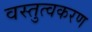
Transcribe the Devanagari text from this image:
वस्तुत्वकरण